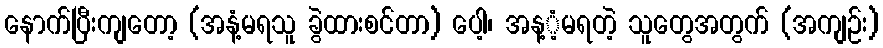
နောက်ပြီးကျတော့ (အနံ့မရသူ ခွဲထားစင်တာ) ပေါ့၊ အန့ံ့မရတဲ့ သူတွေအတွက် (အကျဉ်း)